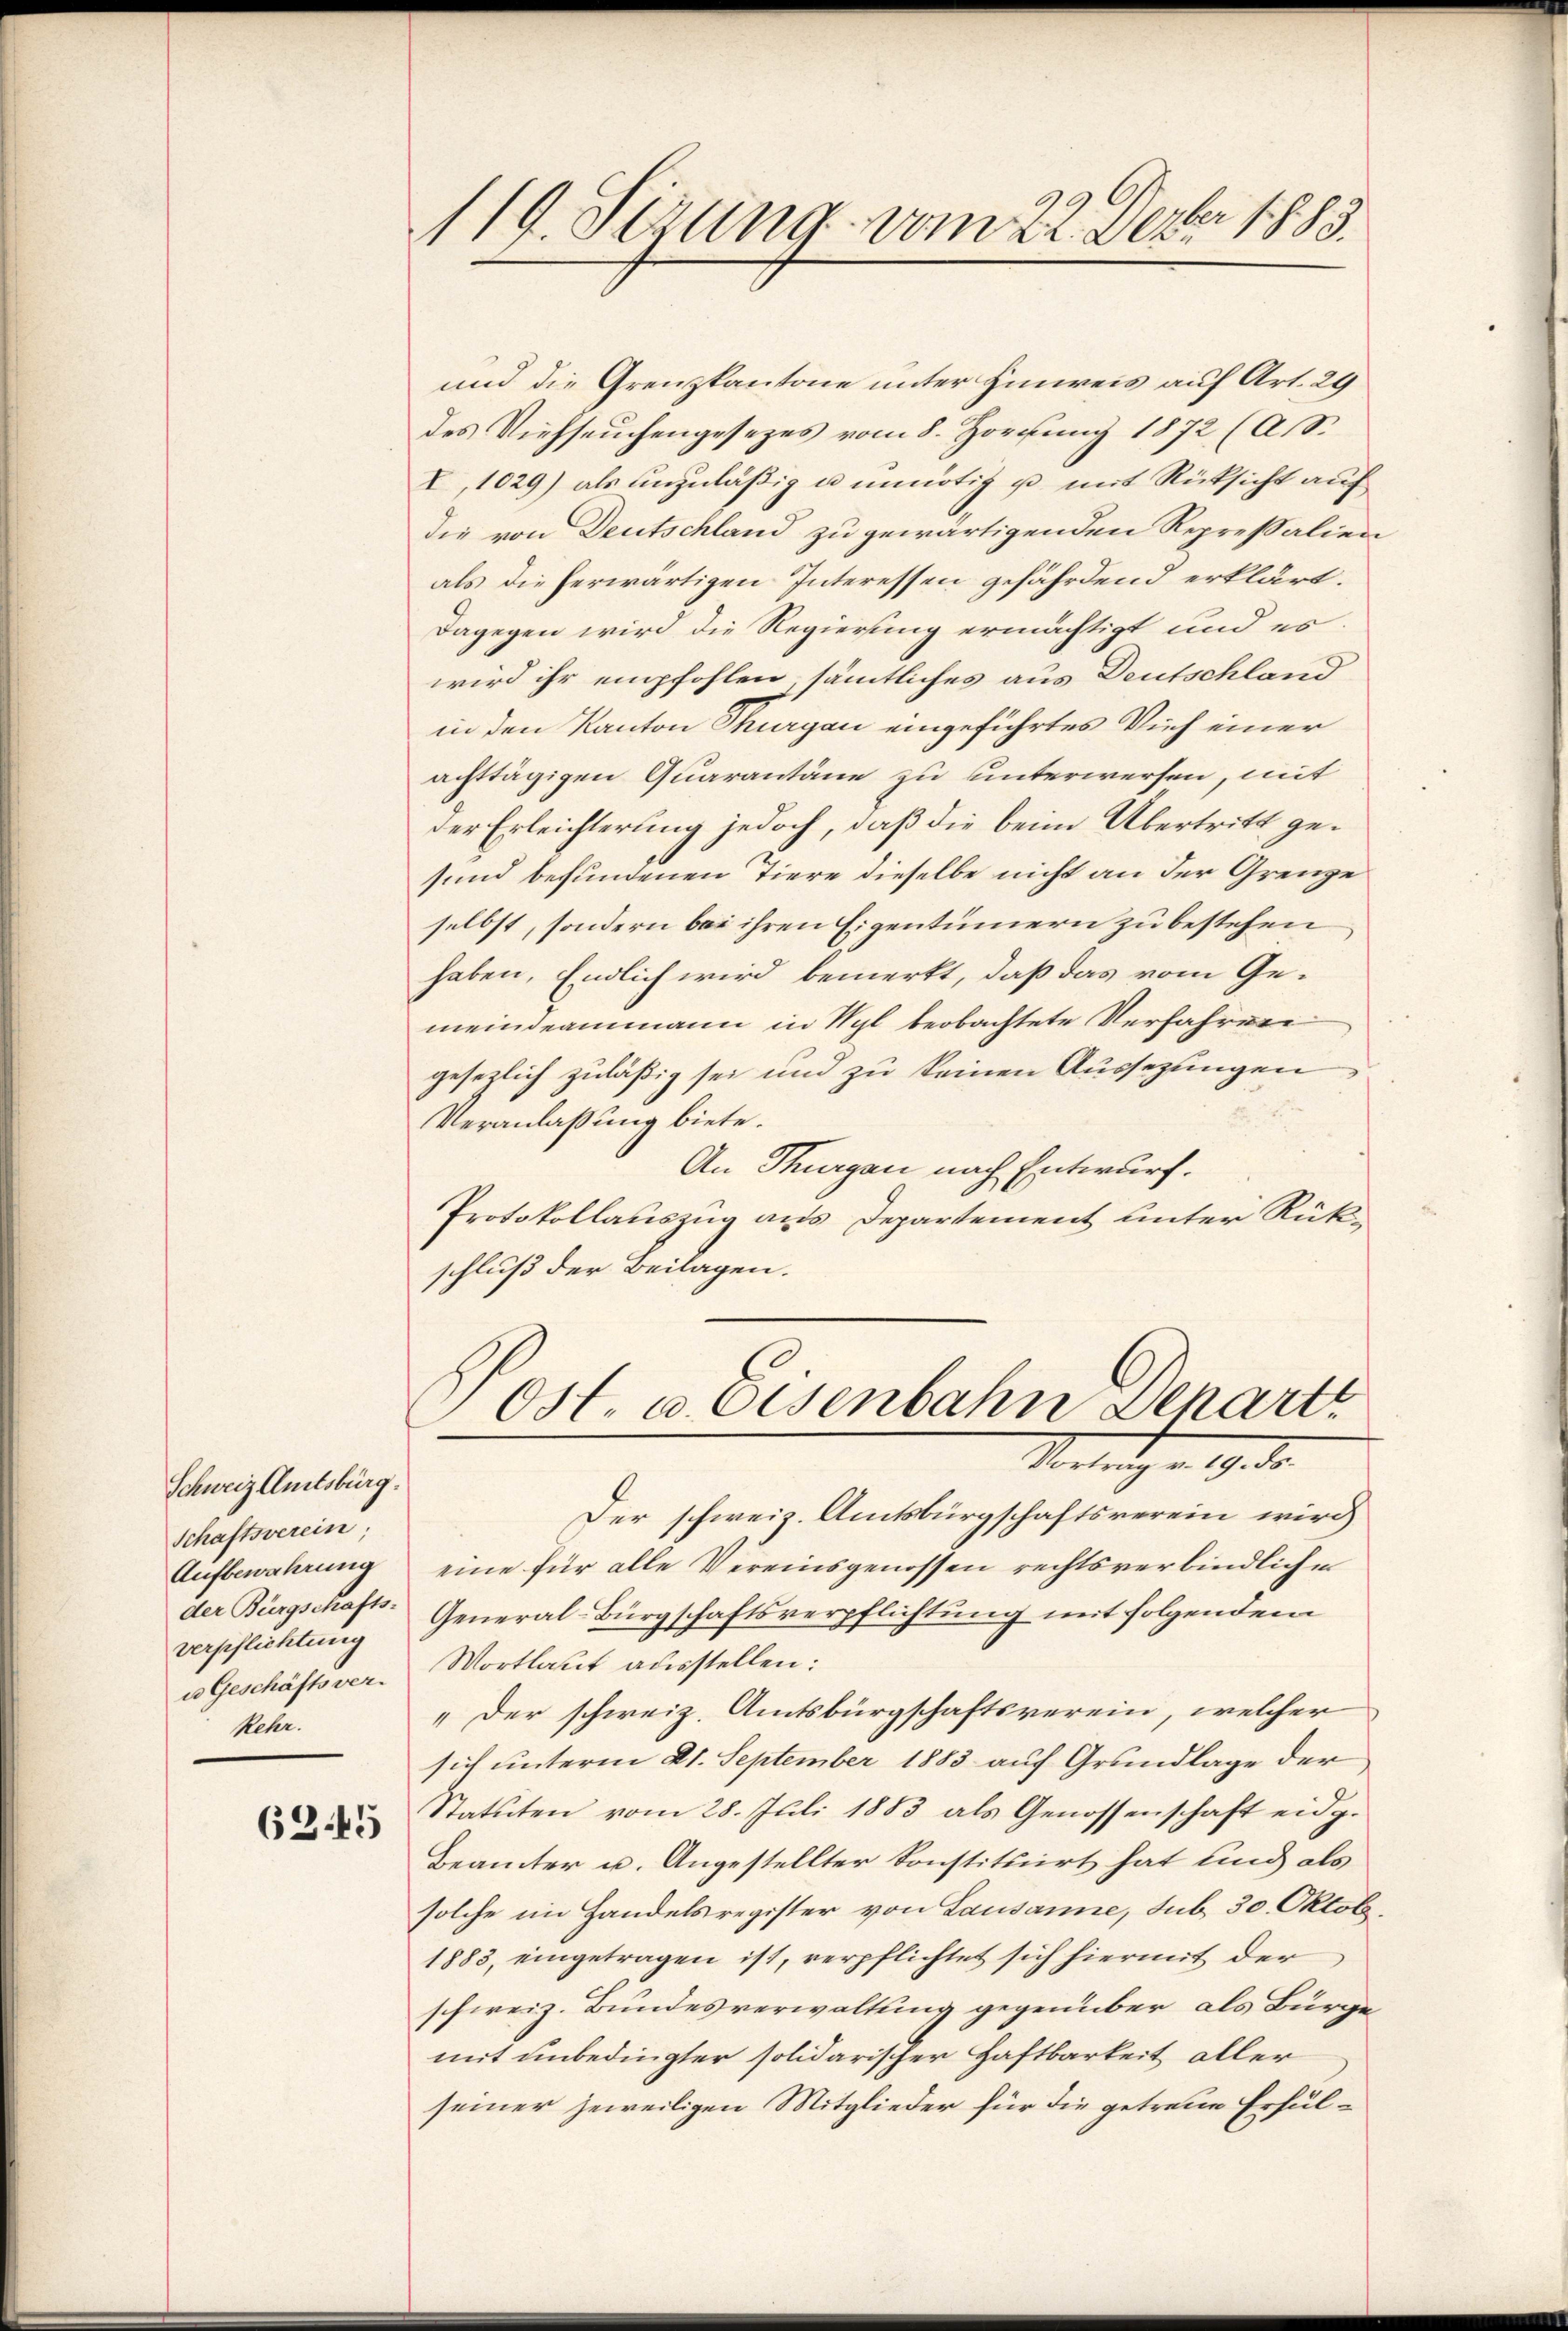
Schweiz Amtsbürg.
Schaftsverein;
Aufbewahrung
der Bürgschafts-
verpflichtung
u Geschäftsver-
Veter.

6345

be
119. Sizung vom 22. Dez. 1883.

und die Grenzkantone unter Hinweis auf Art. 29
des Viehseuchengesezes vom 8. Hornung 1872 (A.S.
X, 1029) als unzuläßig u. unnötig u. mit Rücksicht auf
die von Deutschland zu gewärtigenden Repressalien
als die herwärtigen Interessen gefährdend erklärt.
Dagegen wird die Regierung ermächtigt und es
wird ihr empfohlen sämtliches aus Deutschland
in den Kanton Thurgau eingeführtes Vieh einer
achttägigen Quarantäne zu unterwerfen, mit
der Erleichterung jedoch, daß die beim Übertritt gesund befundenen Tiere dieselbe nicht an der Grenze
selbst, sondern bei ihren Eigentümern zu bestehen
haben, Endlich wird bemerkt, daß das vom Gemeindeammann in Wyl beobachtete Verfahren
gesezlich zuläßig sei und zu keinen Aussezungen
Veranlaßung biete.
An Thurgau nach Entwurf.
Protokollauszug aus Departement unter Rükschluß der Beilagen.
Ost. a. Osenbahn Depart
Vertreten 19. d.
Der schweiz. Amtsbürgschaftsverein wird
eine für alle Vereinsgenossen rechtsverbindliche
General-Bürgschaftsverpflichtung mit folgendem
Wortlaut ausstellen:
„Der schweiz. Amtsbürgschaftsverein, welcher
sich unterm 21. September 1883 auf Grundlage der
Statuten vom 28. Juli 1883 als Genossenschaft eidg.
Beämter u. Angestellter konstituirt hat und als
solche im Handelsregister von Lausanne, sub 30. Oktob.
1883, eingetragen ist, verpflichtet sich hiermit der
schweiz. Bundesverwaltung gegenüber als Bürge
mit unbedingter solidarischer Haftbarkeit aller
seiner jeweiligen Mitglieder für die getreue Erhul-